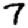
Digit: 7